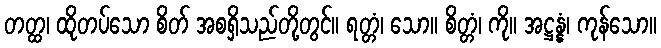
တတ္ထ၊ ထိုတပ်သော စိတ် အစရှိသည်တို့တွင်။ ရတ္တံ၊ သော။ စိတ္တံ၊ ကို။ အဋ္ဌန္နံ၊ ကုန်သော။